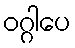
ဝဂ္ဂါပေ